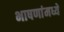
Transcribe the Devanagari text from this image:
भाषणांमध्ये